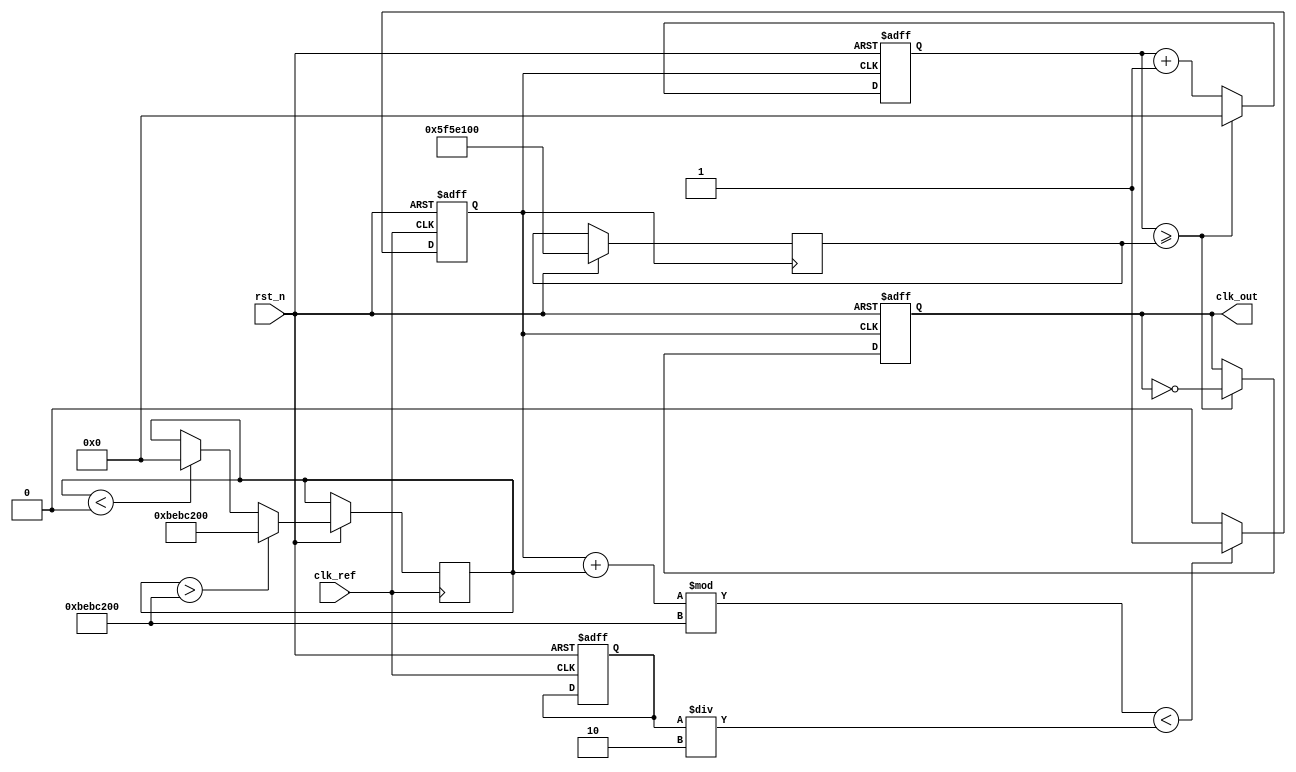
module parameterized_PLL #(
    parameter REF_FREQ = 50_000_000,   // Reference frequency in Hz
    parameter MULT_FACTOR = 4,          // Multiplication factor
    parameter DIV_FACTOR = 2,           // Division factor
    parameter FILTER_TYPE = 1,          // Filter type (1 = first-order, 2 = second-order)
    parameter VCO_RANGE = 200_000_000   // VCO frequency range in Hz
)(
    input wire clk_ref,                  // Reference clock input
    input wire rst_n,                    // Active-low reset
    output reg clk_out                   // Output clock
);

    // Internal signals
    reg [31:0] phase_error;              // Phase error signal from PD
    reg [31:0] control_voltage;           // Control voltage for VCO
    reg [31:0] vco_frequency;             // Current frequency of VCO
    reg clk_vco;                          // VCO clock output
    reg [31:0] divider_count;             // Divider counter
    reg [31:0] divider_limit;             // Divider limit based on DIV_FACTOR
    reg [31:0] loop_filter_state;         // State of the loop filter

    // Phase Detector (PD) - Simple example
    always @(posedge clk_ref or negedge rst_n) begin
        if (!rst_n) begin
            phase_error <= 0;
        end else begin
            // Simple phase detection logic (for demonstration purposes)
            if (clk_vco) begin
                phase_error <= phase_error + 1; // Increase error for VCO running fast
            end else begin
                phase_error <= phase_error - 1; // Decrease error for VCO running slow
            end
        end
    end

    // Loop Filter - Simple first-order filter
    always @(posedge clk_ref or negedge rst_n) begin
        if (!rst_n) begin
            loop_filter_state <= 0;
        end else begin
            case (FILTER_TYPE)
                1: // First-order filter
                    loop_filter_state <= loop_filter_state + (phase_error >> 2); // Simple proportional control
                2: // Placeholder for second-order filter (not implemented)
                    loop_filter_state <= loop_filter_state; // No change
                default: loop_filter_state <= loop_filter_state;
            endcase
        end
    end

    // Voltage-Controlled Oscillator (VCO)
    always @(posedge clk_ref or negedge rst_n) begin
        if (!rst_n) begin
            vco_frequency <= REF_FREQ * MULT_FACTOR; // Initialize VCO frequency
            clk_vco <= 0;
        end else begin
            // Adjust the VCO frequency based on control voltage
            if (control_voltage > VCO_RANGE) begin
                control_voltage <= VCO_RANGE; // Clamp control voltage
            end else if (control_voltage < 0) begin
                control_voltage <= 0; // Clamp control voltage
            end
            
            // Generate VCO clock signal based on current frequency
            // This is a simplistic representation; a real VCO would be more complex.
            clk_vco <= (clk_vco + control_voltage) % VCO_RANGE < (vco_frequency / 2) ? 1 : 0;
        end
    end

    // Divider - Generate output clock
    always @(posedge clk_vco or negedge rst_n) begin
        if (!rst_n) begin
            divider_count <= 0;
            clk_out <= 0;
        end else begin
            divider_limit <= VCO_RANGE / DIV_FACTOR; // Limit based on division factor
            if (divider_count >= divider_limit) begin
                clk_out <= ~clk_out; // Toggle output clock
                divider_count <= 0;   // Reset count
            end else begin
                divider_count <= divider_count + 1; // Increment count
            end
        end
    end

endmodule